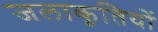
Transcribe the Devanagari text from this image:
जलाकृतियों